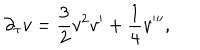
\partial _ { \tau } v = \frac { 3 } { 2 } v ^ { 2 } v ^ { \prime } + \frac { 1 } { 4 } v ^ { \prime \prime \prime } ,